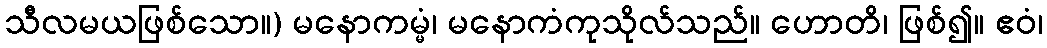
သီလမယဖြစ်သော။) မနောကမ္မံ၊ မနောကံကုသိုလ်သည်။ ဟောတိ၊ ဖြစ်၍။ ဧဝံ၊